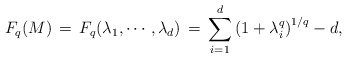
\begin{align*} F_q(M)\,=\,F_q(\lambda_1,\cdots,\lambda_d)\,=\,\sum_{i=1}^d\left(1+ \lambda_i^q\right)^{1/q} - d,\end{align*}